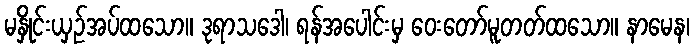
မနှိုင်းယှဉ်အပ်ထသော။ ဒုရာသဒေါ၊ ရန်အပေါင်းမှ ဝေးတော်မူတတ်ထသော။ နာမေန၊